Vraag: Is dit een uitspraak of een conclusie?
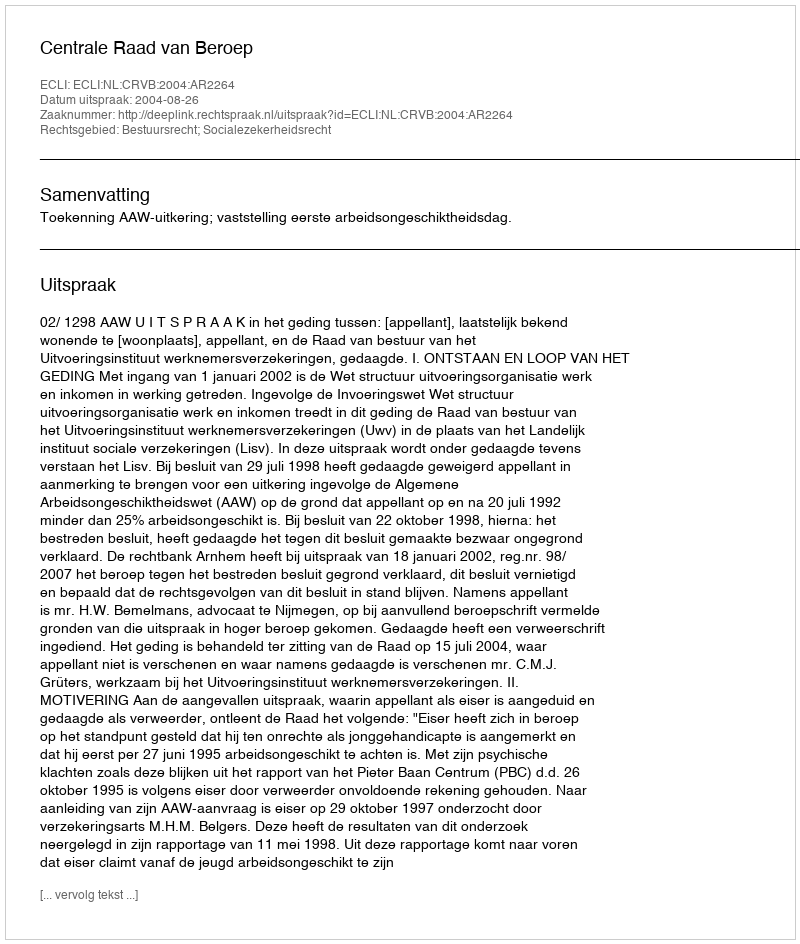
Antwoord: Uitspraak